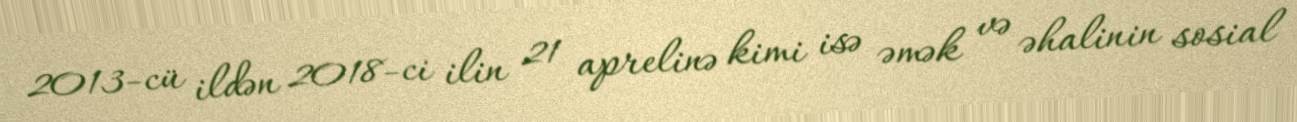
2013-cü ildən 2018-ci ilin 21 aprelinə kimi isə əmək və əhalinin sosial